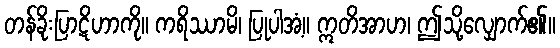
တန်ခိုးပြာဋိဟာကို။ ကရိဿာမိ၊ ပြုပါအံ့။ ဣတိအာဟ၊ ဤသို့လျှောက်၏။